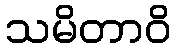
သမိတာဝိ